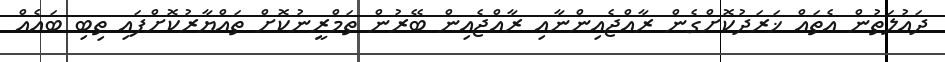
ދައުލަތުން އެތައް ޚަރަދުކޮށްގެން ރާއްޖެއިންނާއި ރާއްޖެއިން ބޭރުން ތަމްރީނުކޮށް ތައްޔާރުކޮށްފައި ތިބި ބައެއް